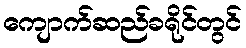
ကျောက်ဆည်ခရိုင်တွင်